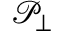
\mathcal { P } _ { \perp }